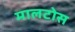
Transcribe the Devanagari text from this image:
मालटोस